Report of the Indian Hemp Drugs Commission, 1894-1895 - Volume V
Year: 1894
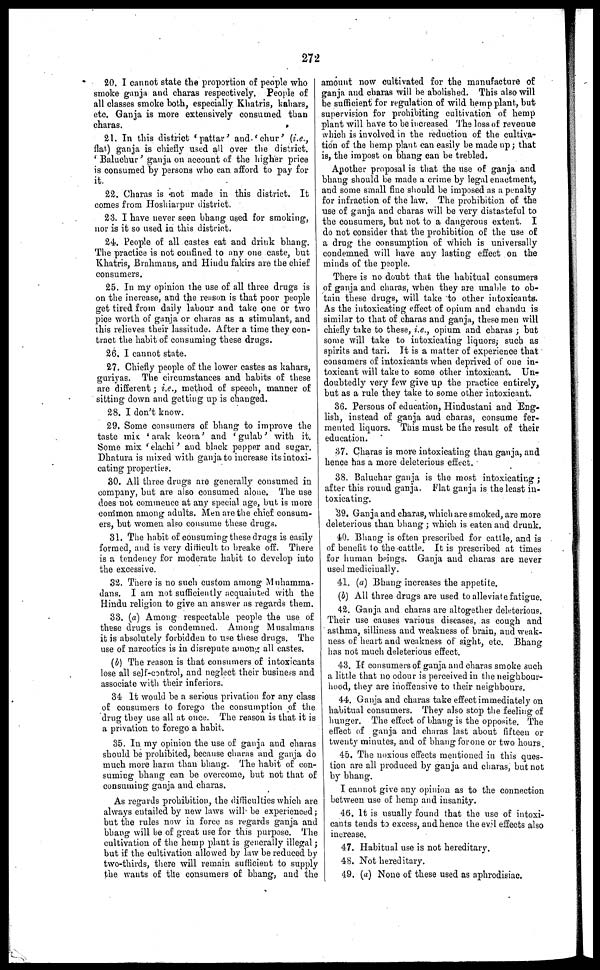
272
20. I cannot state the proportion of people who
smoke ganja and charas respectively. People of
all classes smoke both, especially Khatris, kahars,
etc. Ganja is more extensively consumed than
charas.
21. In this district 'pattar' and 'chur' (i.e.,
flat) ganja is chiefly used all over the district.
'Baluchur' ganja on account of the higher price
is consumed by persons who can afford to pay for
it.
22. Charas is not made in this district. It
comes from Hoshiarpur district.
23. I have never seen bhang used for smoking,
nor is it so used in this district.
24. People of all castes eat and drink bhang.
The practice is not confined to any one caste, but
Khatris, Brahmans, and Hindu fakirs are the chief
consumers.
25. In my opinion the use of all three drugs is
on the increase, and the reason is that poor people
get tired from daily labour and take one or two
pice worth of ganja or charas as a stimulant, and
this relieves their lassitude. After a time they con-
tract the habit of consuming these drugs.
26. I cannot state.
27. Chiefly people of the lower castes as kahars,
guriyas. The circumstances and habits of these
are different ; i.e., method of speech, manner of
sitting down and getting up is changed.
28. I don't know.
29. Some consumers of bhang to improve the
taste mix 'arak keora' and 'gulab' with it.
Some mix 'elachi' and black pepper and sugar.
Dhatura is mixed with ganja to increase its intoxi-
cating properties.
30. All three drugs are generally consumed in
company, but are also consumed alone. The use
does not commence at any special age, but is more
common among adults. Men are the chief consum-
ers, but women also consume these drugs.
31. The habit of consuming these drugs is easily
formed, and is very difficult to breake off. There
is a tendency for moderate habit to develop into
the excessive.
32. There is no such custom among Muhamma-
dans. I am not sufficiently acquainted with the
Hindu religion to give an answer as regards them.
33. (a) Among respectable people the use of
these drugs is condemned. Among Musalmans
it is absolutely forbidden to use these drugs. The
use of narcotics is in disrepute among all castes.
(b) The reason is that consumers of intoxicants
lose all self-control, and neglect their business and
associate with their inferiors.
34 It would be a serious privation for any class
of consumers to forego the consumption of the
drug they use all at once. The reason is that it is
a privation to forego a habit.
35. In my opinion the use of ganja and charas
should be prohibited, because charas and ganja do
much more harm than bhang. The habit of con-
suming bhang can be overcome, but not that of
consuming ganja and charas.
As regards prohibition, the difficulties which are
always entailed by new laws will be experienced ;
but the rules now in force as regards ganja and
bhang will be of great use for this purpose. The
cultivation of the hemp plant is generally illegal ;
but if the cultivation allowed by law be reduced by
two-thirds, there will remain sufficient to supply
the wants of the consumers of bhang, and the
amount now cultivated for the manufacture of
ganja and charas will be abolished. This also will
be sufficient for regulation of wild hemp plant, but
supervision for prohibiting cultivation of hemp
plant will have to be increased The loss of revenue
which is involved in the reduction of the cultiva-
tion of the hemp plant can easily be made up ; that
is, the impost on bhang can be trebled.
Another proposal is that the use of ganja and
bhang should be made a crime by legal enactment,
and some small fine should be imposed as a penalty
for infraction of the law. The prohibition of the
use of ganja and charas will be very distasteful to
the consumers, but not to a dangerous extent. I
do not consider that the prohibition of the use of
a drug the consumption of which is universally
condemned will have any lasting effect on the
minds of the people.
There is no doubt that the habitual consumers
of ganja and charas, when they are unable to ob-
tain these drugs, will take to other intoxicants.
As the intoxicating effect of opium and chandu is
similar to that of charas and ganja, these men will
chiefly take to these, i.e., opium and charas ; but
some will take to intoxicating liquors; such as
spirits and tari. It is a matter of experience that
consumers of intoxicants when deprived of one in-
toxicant will take to 6ome other intoxicant. Un-
doubtedly very few give up the practice entirely,
but as a rule they take to some other intoxicant.
36. Persons of education, Hindustani and Eng-
lish, instead of ganja and charas, consume fer-
mented liquors. This must be the result of their
education.
37. Charas is more intoxicating than ganja, and
hence has a more deleterious effect.
38. Baluchar ganja is the most intoxicating ;
after this round ganja. Flat ganja is the least in-
toxicating.
39. Ganja and charas, which are smoked, are more
deleterious than bhang ; which is eaten and drunk.
40. Bhang is often prescribed for cattle, and is
of benefit to the cattle. It is prescribed at times
for human beings. Ganja and charas are never
used medicinally.
41. (a) Bhang increases the appetite.
(b) All three drugs are used to alleviate fatigue.
42. Ganja and charas are altogether deleterious.
Their use causes various diseases, as cough and
asthma, silliness and weakness of brain, and weak-
ness of heart and weakness of sight, etc. Bhang
has not much deleterious effect.
43. If consumers of ganja and charas smoke such
a little that no odour is perceived in the neighbour-
hood, they are inoffensive to their neighbours.
44. Ganja and charas take effect immediately on
habitual consumers. They also stop the feeling of
hunger. The effect of bhang is the opposite. The
effect of ganja and charas last about fifteen or
twenty minutes, and of bhang for one or two hours.
45. The noxious effects mentioned in this ques-
tion are all produced by ganja and charas, but not
by bhang.
I cannot give any opinion as to the connection
between use of hemp and insanity.
46. It is usually found that the use of intoxi-
cants tends to excess, and hence the evil effects also
increase.
47. Habitual use is not hereditary.
48. Not hereditary.
49. (a) None of these used as aphrodisiac.